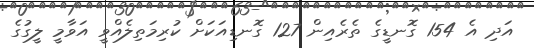
އަދި އެ 154 ގޮނޑީގެ ތެރެއިން 127 ގޮނޑިއަކަށް ކުރިމަތިލެއްވީ އަވާމީ ލީގުގެ